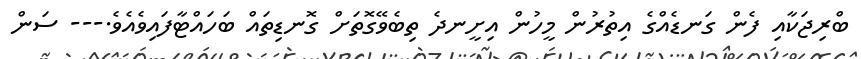
ބްރިޖަކާއި ފެން ގަނޑެއްގެ އިތުރުން މީހުން އިށީނދެ ތިބެވޭގޮތަށް ގޮނޑިތައް ބަހައްޓާފައިވެއެވެ.--- ސަން